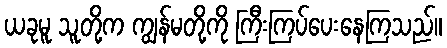
ယခုမူ သူတို့က ကျွန်မတို့ကို ကြီးကြပ်ပေးနေကြသည်။